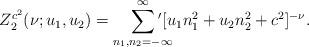
LaTeX: \begin{align*}Z_2^{c^2}(\nu;u_1,u_2)={\sum_{n_{1},n_{2}=-\infty}^{\infty}\!\!\!\!\!\!^{\prime}}[u_1 n_{1}^2+u_2 n_{2}^2+c^2]^{-\nu}. \end{align*}